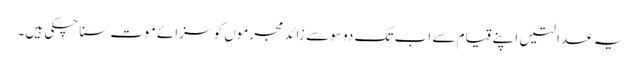
یہ عدالتیں اپنے قیام سے اب تک دو سو سے زائد مجرموں کو سزائے موت سنا چکی ہیں۔